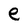
Character: e